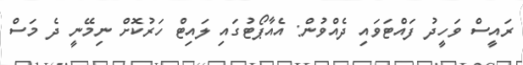
ރައީސް ވަހީދު ފައްޓަވައި ދެއްވުން: އެއާޕޯޓުގައި ލައިޓް ހަރުކޮށް ނިމޭނީ ދެ މަސް